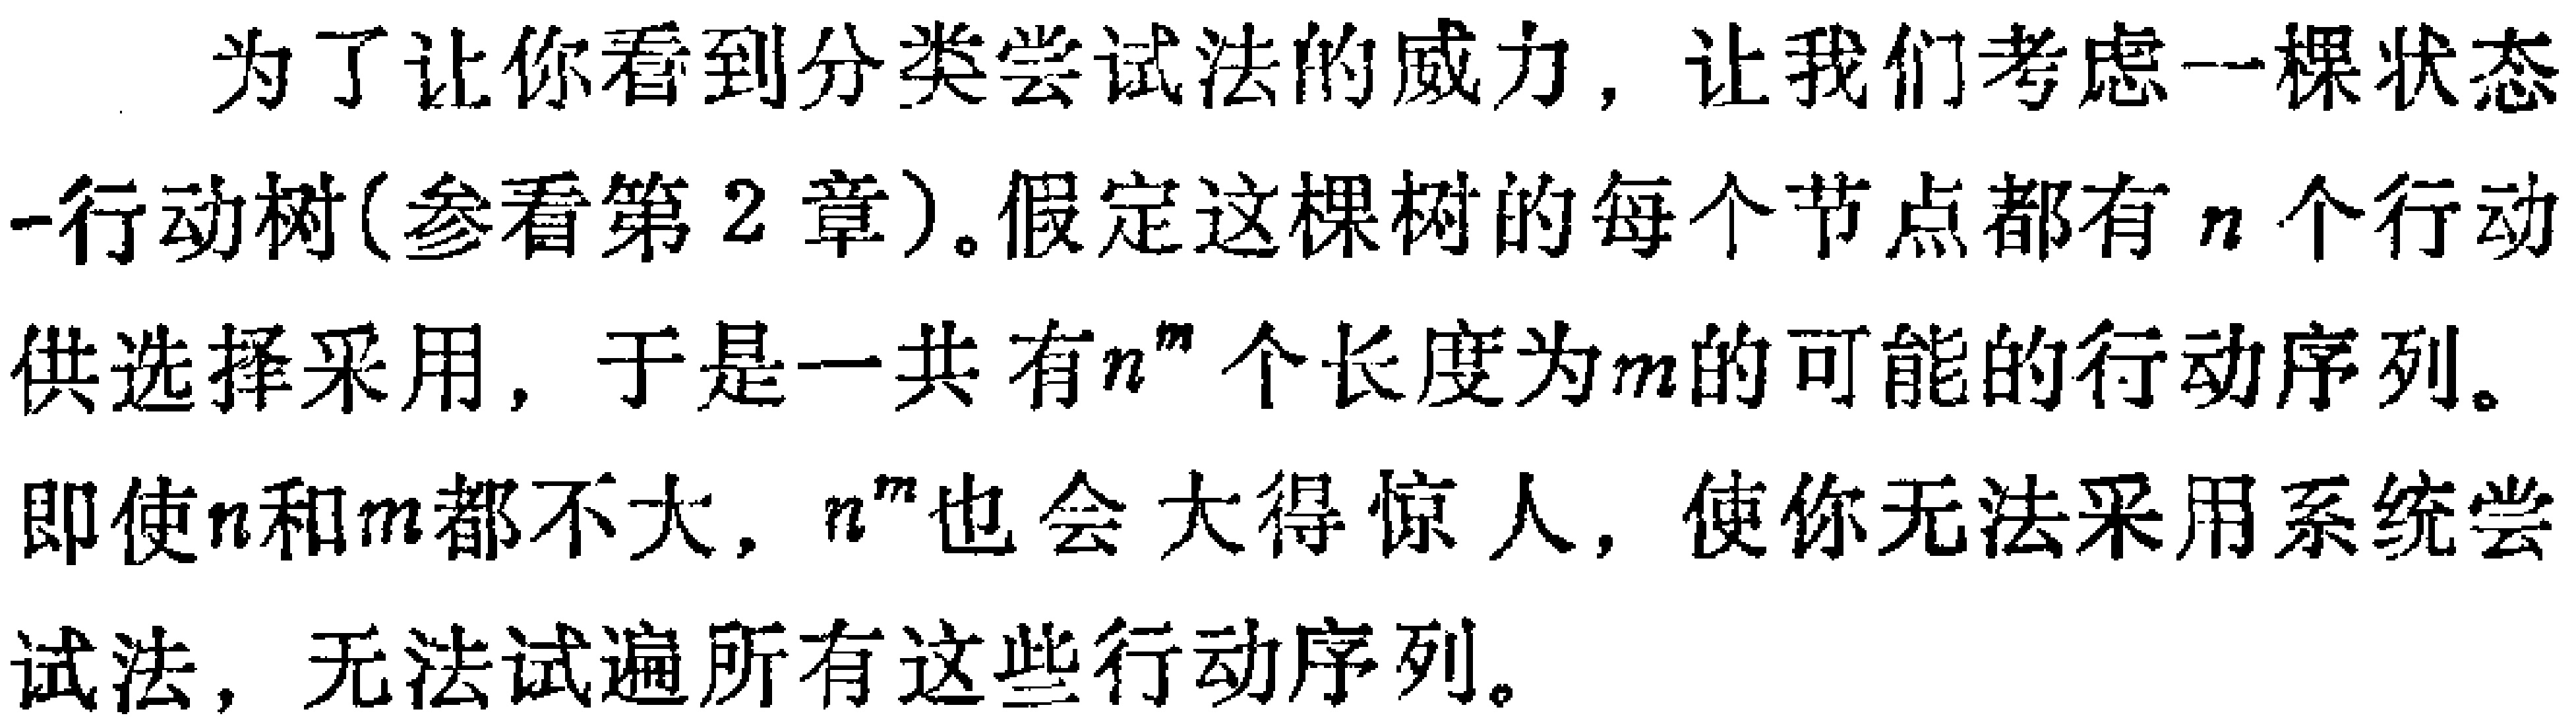
为了让你看到分类尝试法的威力，让我们考虑一棵状态-行动树(参看第2章)。假定这棵树的每个节点都有\(n\)个行动供选择采用，于是一共有\(n^m\)个长度为\(m\)的可能的行动序列。即使\(n\)和\(m\)都不大，\(n^m\)也会大得惊人，使你无法采用系统尝试法，无法试遍所有这些行动序列。